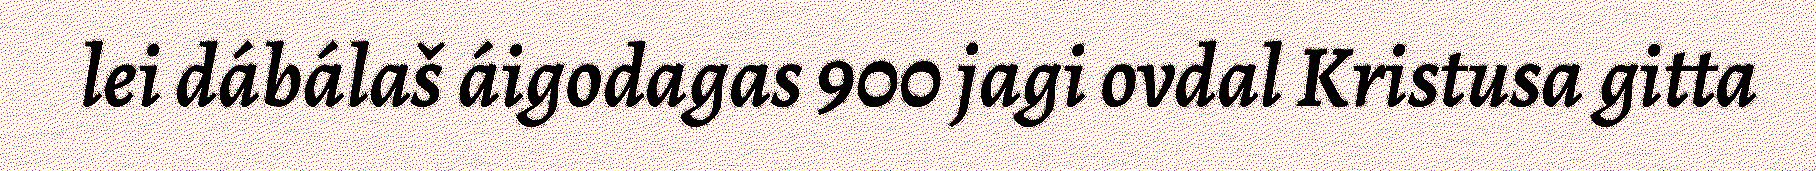
lei dábálaš áigodagas 900 jagi ovdal Kristusa gitta